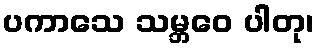
ပကာသေ သမ္ဘဝေ ပါတု၊